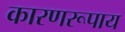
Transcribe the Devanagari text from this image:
कारणरूपाय